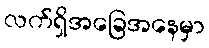
လက်ရှိအခြေအနေမှာ